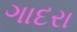
ગાદરા